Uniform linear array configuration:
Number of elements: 24
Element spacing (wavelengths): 1
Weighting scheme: exponential
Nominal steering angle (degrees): -60
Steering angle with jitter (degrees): -59.253
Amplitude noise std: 0.05
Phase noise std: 0.05

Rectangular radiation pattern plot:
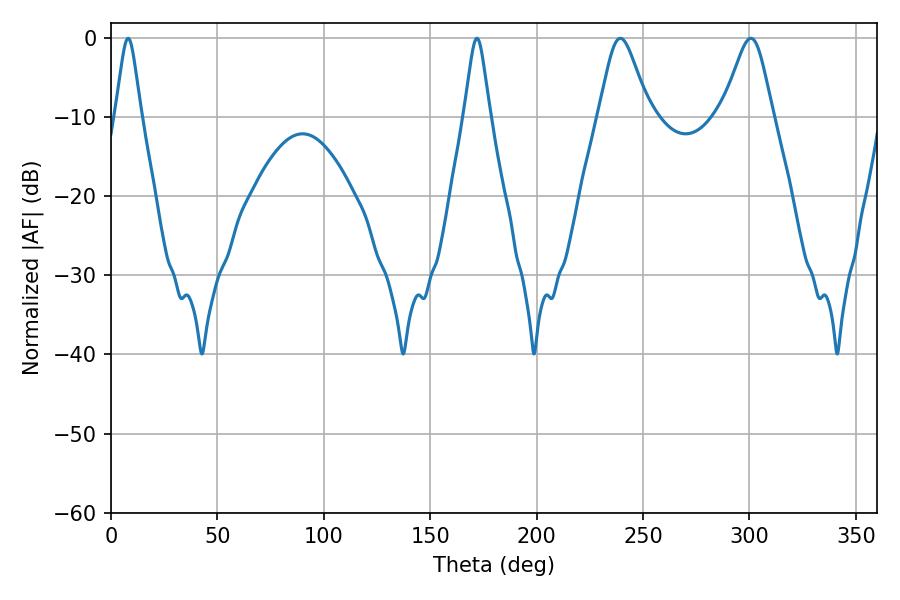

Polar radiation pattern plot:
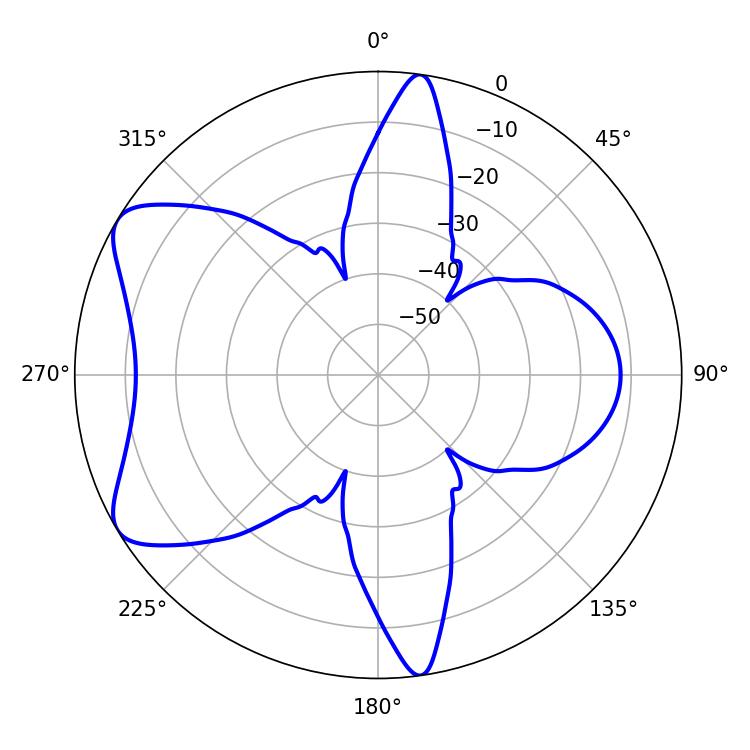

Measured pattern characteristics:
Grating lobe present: TRUE
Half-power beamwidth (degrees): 11.7
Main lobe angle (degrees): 239.4